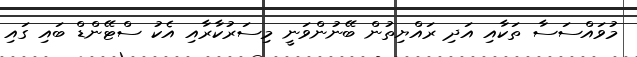
މުވައްސަސާ ތަކާއި އަދި ރައްޔިތުން ބޭނުންވަނީ މިސަރުކާރާއި އެކު ސްޓޭންޑް ބައި ގައި